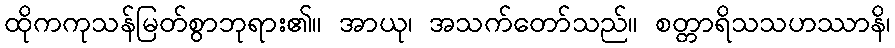
ထိုကကုသန်မြတ်စွာဘုရား၏။ အာယု၊ အသက်တော်သည်။ စတ္တာရိသသဟဿာနိ၊